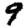
Digit: 9